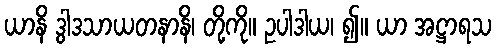
ယာနိ ဒွါဒသာယတနာနိ၊ တို့ကို။ ဥပါဒါယ၊ ၍။ ယာ အဋ္ဌာရသ